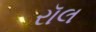
રૉલ